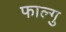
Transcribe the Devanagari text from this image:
फाल्गु